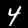
Label: 4